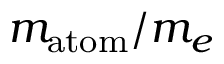
m _ { \mathrm { a t o m } } / m _ { e }